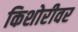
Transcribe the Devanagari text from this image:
किशोरीवर